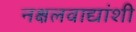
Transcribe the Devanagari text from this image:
नक्षलवाद्यांशी